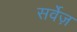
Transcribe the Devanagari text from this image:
सर्वेज़